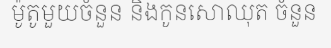
ម៉ូតូមួយចំនួន និងកូនសោឈុត ចំនួន